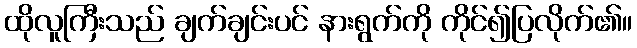
ထိုလူကြီးသည် ချက်ချင်းပင် နားရွက်ကို ကိုင်၍ပြလိုက်၏။